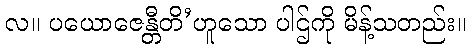
လ။ ပယောဇေန္တီတိ’ဟူသော ပါဌ်ကို မိန့်သတည်း။